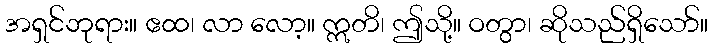
အရှင်ဘုရား။ ဧထ၊ လာ လော့။ ဣတိ၊ ဤသို့။ ဝတွာ၊ ဆိုသည်ရှိသော်။